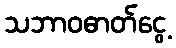
သဘာဝဓာတ်ငွေ့